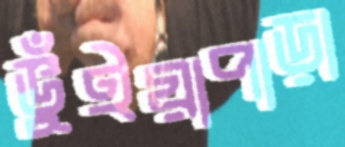
ভুঁইয়াপাড়া